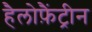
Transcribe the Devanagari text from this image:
हैलोफ़ैंट्रीन